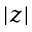
| z |